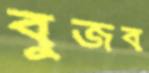
বুজব